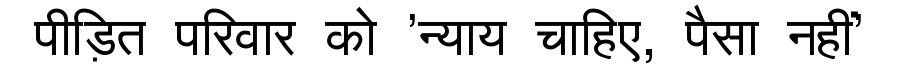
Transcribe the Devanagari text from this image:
पीड़ित परिवार को 'न्याय चाहिए, पैसा नहीं'